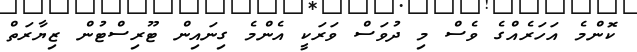
ކޮންމެ އަހަރެއްގެ ވެސް މި ދުވަސް ވަރަކީ އެންމެ ގިނައިން ޓޫރިސްޓުން ޒިޔާރަތް